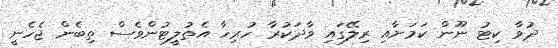
ދުވާ ކިޓު ނޫން ކަމަށާއި ރިލޭގައި ވާދަކުރާ ހުރިހާ އެތުލީޓުންވެސް ތިބެން ޖެހެނީ